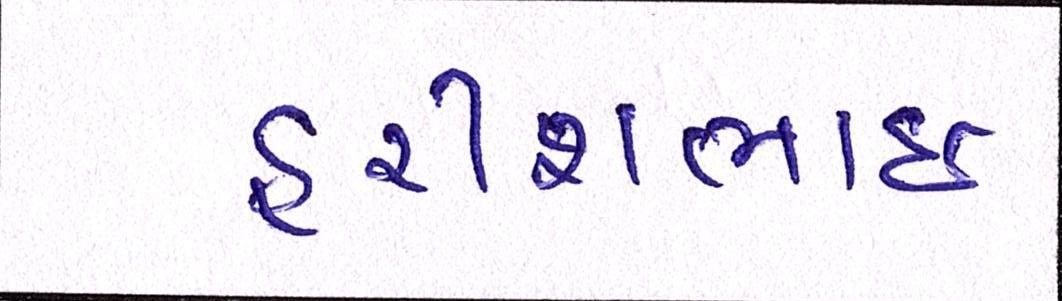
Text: હરીશભાઈ